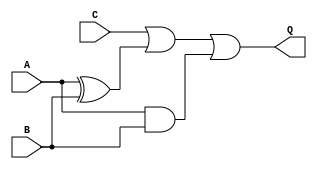
module combinational_circuit(A, B, C, Q);

    //inputs
    input A, B, C;
    output Q;

    //interim signals
    wire A_xor_B;
    wire A_and_B;

    //logic designing
    assign A_xor_B = A ^ B;
    assign A_and_B = A & B;
    // final output
    assign Q = C | A_xor_B | A_and_B;

endmodule

// assign Q = (A ^ B) | (A & B) | C